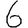
Digit: 6